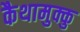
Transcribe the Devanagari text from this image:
कैथामुक्कु